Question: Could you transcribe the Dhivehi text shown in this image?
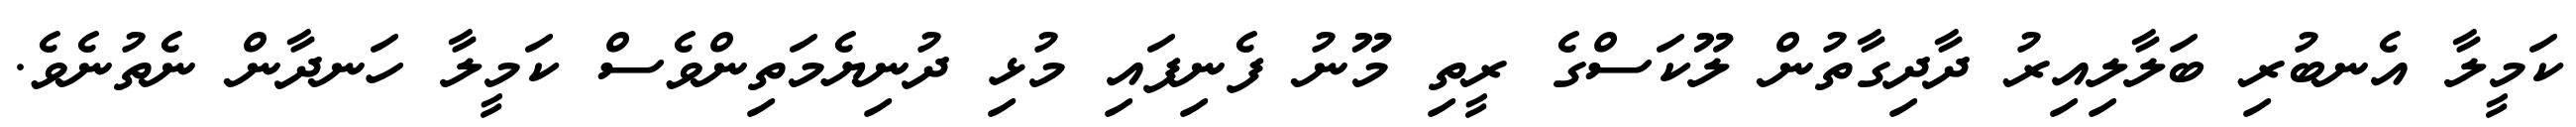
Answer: ކަމީލާ އެނބުރި ބަލާލިއިރު ދާދިގާތުން ލޫކަސްގެ ރީތި މޫނު ފެނިފައި މުޅި ދުނިޔެމަތިންވެސް ކަމީލާ ހަނދާން ނެތުނެވެ.